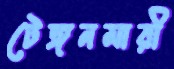
টেঙ্গনমারী